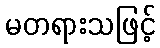
မတရားသဖြင့်